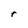
Character: r